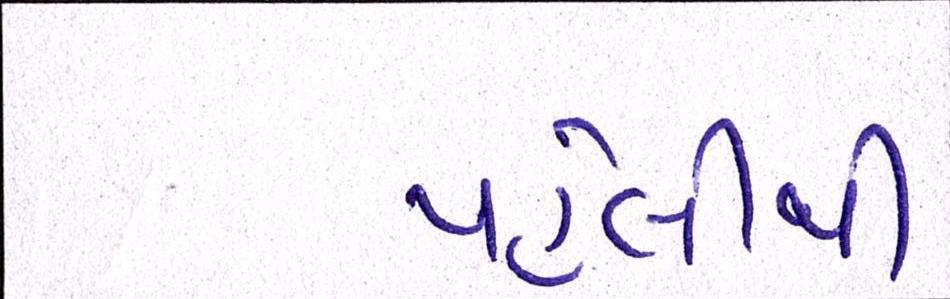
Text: પહેલીથી